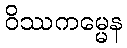
ဝိဿကမ္မေန